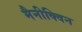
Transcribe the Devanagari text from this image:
मैनीक्विन